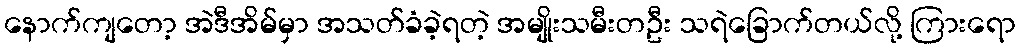
နောက်ကျတော့ အဲဒီအိမ်မှာ အသတ်ခံခဲ့ရတဲ့ အမျိုးသမီးတဦး သရဲခြောက်တယ်လို့ ကြားရော